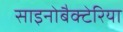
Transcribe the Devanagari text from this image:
साइनोबैक्टेरिया